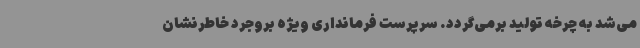
می‌شد به چرخه تولید برمی‌گردد. سرپرست فرمانداری ویژه بروجرد خاطرنشان